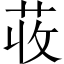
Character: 荍